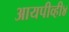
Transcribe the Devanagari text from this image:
आयपीव्ही४